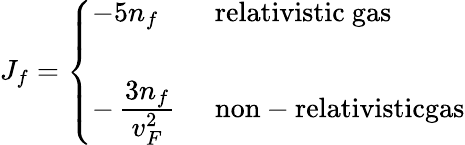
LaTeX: J_{f}=\left\{ \begin{array}{ll}{{-5n_{f}\quad}}&{{\mathrm{relativistic~gas}}}\\ {{}}&{{}}\\ {{-\, \frac{\textstyle 3n_{f}}{\textstyle v_{F}^{2}}}}&{{\mathrm{non-relativisticgas}}}\end{array}\right.